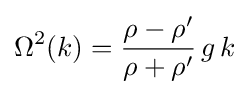
\Omega ^{2}(k)={\frac {\rho -\rho '}{\rho +\rho '}}\,g\,k